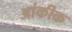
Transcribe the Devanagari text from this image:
आंकीक